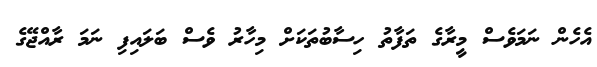
އެހެން ނަމަވެސް މީރާގެ ތަފާތު ހިސާބުތަކަށް މިހާރު ވެސް ބަލައިފި ނަމަ ރާއްޖޭގެ